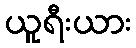
ယူရီးယား